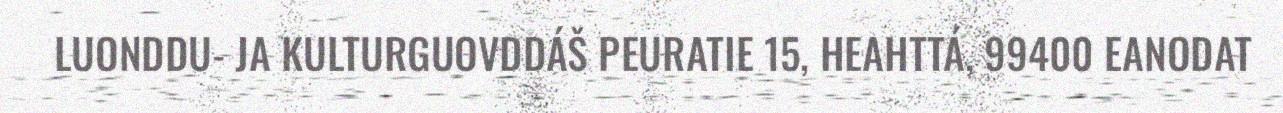
LUONDDU- JA KULTURGUOVDDÁŠ PEURATIE 15, HEAHTTÁ, 99400 EANODAT